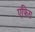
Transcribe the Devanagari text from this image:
एफ़िरा